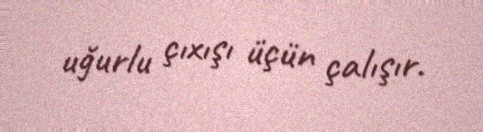
uğurlu çıxışı üçün çalışır.